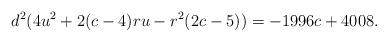
LaTeX: \begin{align*}d^2(4u^2+2(c-4)ru-r^2(2c-5))=-1996c+4008.\end{align*}